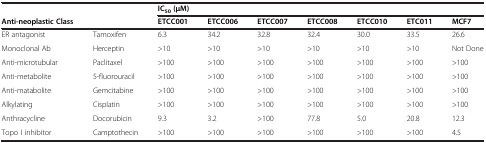
|  |  | <COLSPAN=7> IC50(μM) |
 | Anti-neoplastic Class |  | ETCC001 | ETCC006 | ETCC007 | ETCC008 | ETCC010 | ETC011 | MCF7 |
 | --- | --- | --- | --- | --- | --- | --- | --- | --- |
 | ER antagonist | Tamoxifen | 6.3 | 34.2 | 32.8 | 32.4 | 30.0 | 33.5 | 26.6 |
 | Monoclonal Ab | Herceptin | >10 | >10 | >10 | >10 | >10 | >10 | Not Done |
 | Anti-microtubular | Paclitaxel | >100 | >100 | >100 | >100 | >100 | >100 | >100 |
 | Anti-metabolite | 5-fluorouracil | >100 | >100 | >100 | >100 | >100 | >100 | >100 |
 | Anti-matabolite | Gemcitabine | >100 | >100 | >100 | >100 | >100 | >100 | >100 |
 | Alkylating | Cisplatin | >100 | >100 | >100 | >100 | >100 | >100 | >100 |
 | Anthracycline | Docorubicin | 9.3 | 3.2 | >100 | 77.8 | 5.0 | 20.8 | 12.3 |
 | Topo I inhibitor | Camptothecin | >100 | >100 | >100 | >100 | >100 | >100 | 4.5 |